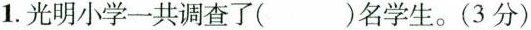
1.光明小学一共调查了( )名学生。(3分)